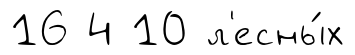
16 4 10 л'есны́х